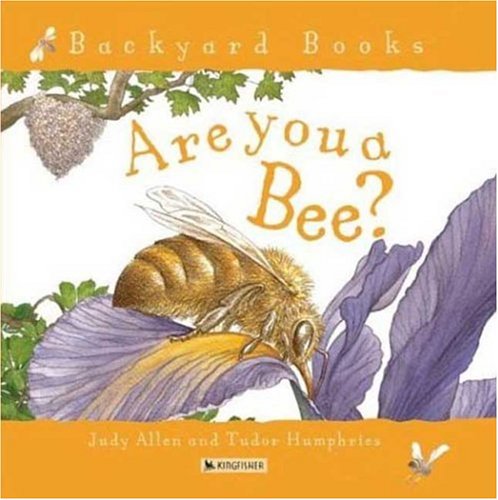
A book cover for Are You a Bee? (Backyard Books); Judy Allen; Children's Books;